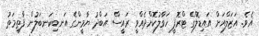
އެވެ. އަޒަލްއަށް އައިޑޮލްގެ ޓްރޮފީ ހަވާލުކޮށްދެއްވީ ރައީސް އަބްދު ޔާމީންގެ އަނބިކަނބަލުން ފާތިމަތު